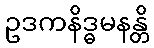
ဥဒကနိဒ္ဓမနန္တိ